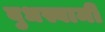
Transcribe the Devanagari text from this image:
बुधस्वामी